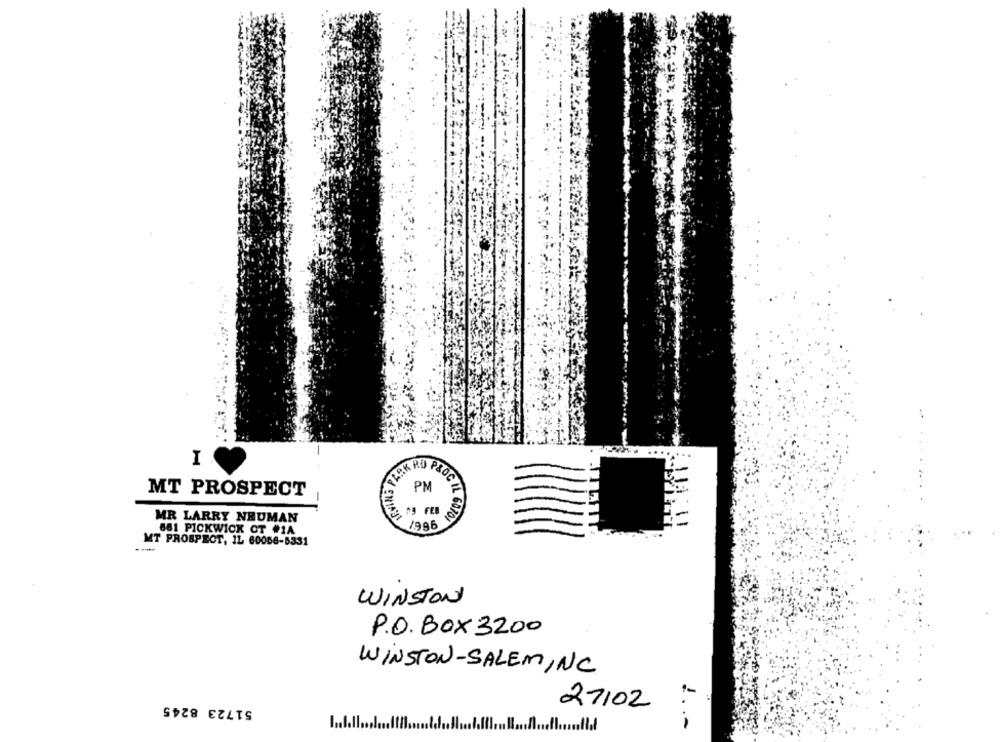
I
MT PROSPECT
MR LARRY NEUMAN
LOC IL 6070)
661 PICKWICK CT #1A
MT PROSPECT, IL 60066-5331
WINSTON
P.O.BOX 3200
WINSTON-SALEM, NC
1-
51723 8245
27102